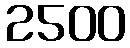
2500